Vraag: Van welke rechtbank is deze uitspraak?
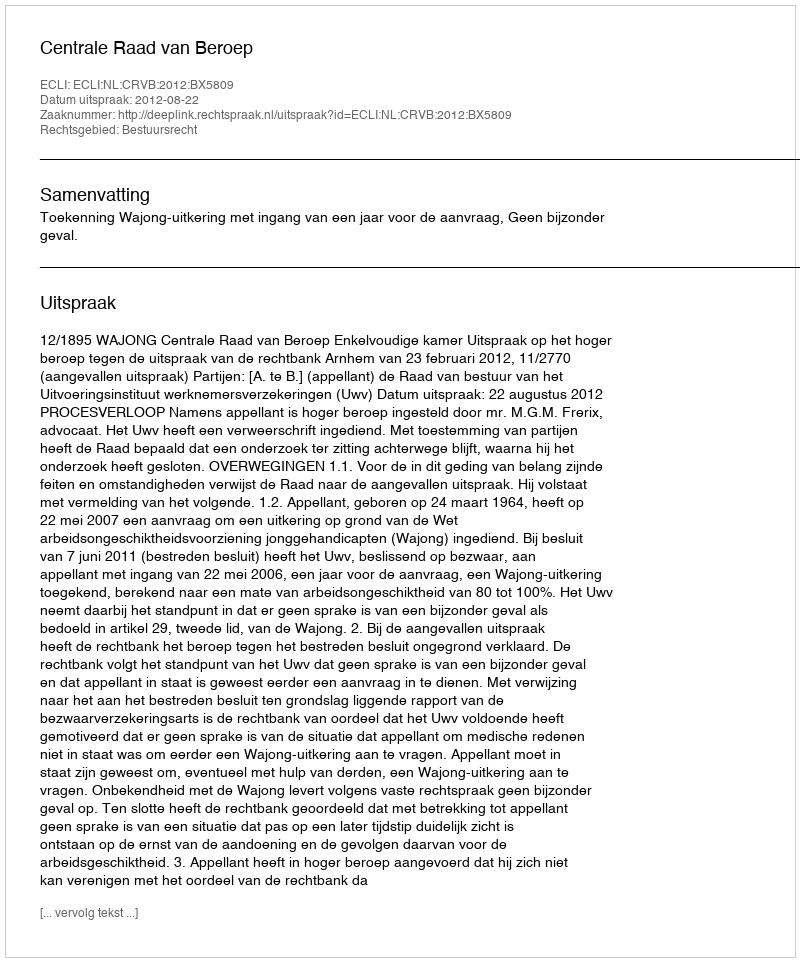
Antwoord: Centrale Raad van Beroep